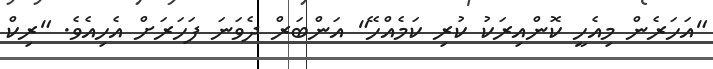
"އަހަރެން މިއެހީ ކޮންއިރަކު ކުރި ކަމެއްހޭ" އަންބަރް ދެވަނަ ފަހަރަށް އެހިއެވެ. "ރިކް